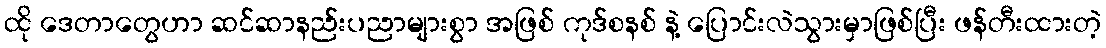
ထို ဒေတာတွေဟာ ဆင်ဆာနည်းပညာများစွာ အဖြစ် ကုဒ်စနစ် နဲ့ ပြောင်းလဲသွားမှာဖြစ်ပြီး ဖန်တီးထားတဲ့